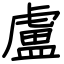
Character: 盧